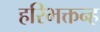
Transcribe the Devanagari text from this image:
हरिभक्तन्ह